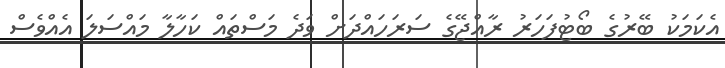
އެކަމަކު ބޭރުގެ ބޯޓުފަހަރު ރާއްޖޭގެ ސަރަހައްދަށް ވަދެ މަސްތައް ކަހާލާ މައްސަލަ އެއްވެސް